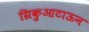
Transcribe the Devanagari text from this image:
ग्रिकुआटाऊन